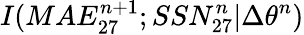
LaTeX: I(MAE_{27}^{n+1};SSN_{27}^{n}|\Delta\theta^{n})